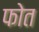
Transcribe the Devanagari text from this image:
फोत